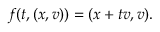
f ( t , ( x , v ) ) = ( x + t v , v ) .